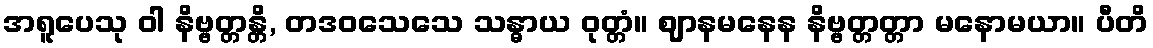
အရူပေသု ဝါ နိဗ္ဗတ္တန္တိ, တဒဝသေသေ သန္ဓာယ ဝုတ္တံ။ ဈာနမနေန နိဗ္ဗတ္တတ္တာ မနောမယာ။ ပီတိ